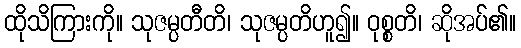
ထိုသိကြားကို။ သုဇမ္ပတီတိ၊ သုဇမ္ပတိဟူ၍။ ဝုစ္စတိ၊ ဆိုအပ်၏။